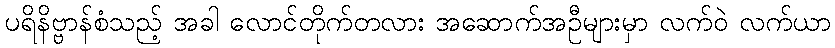
ပရိနိဗ္ဗာန်စံသည့် အခါ လောင်တိုက်တလား အဆောက်အဦများမှာ လက်ဝဲ လက်ယာ